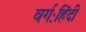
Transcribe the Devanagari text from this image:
वर्गःहिंदी